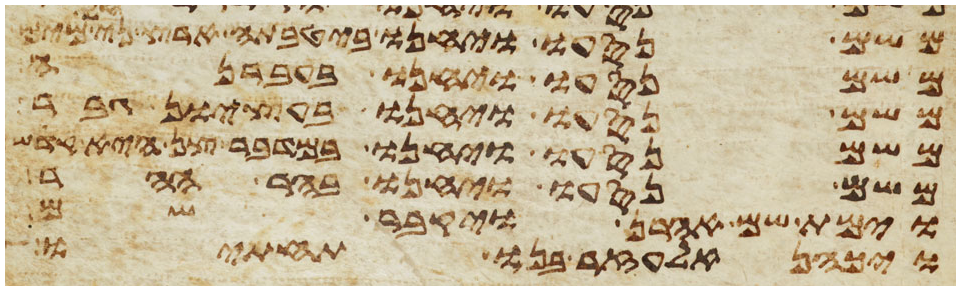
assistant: משם נסעו ויחנו ביטבתה ארץ נחלי מים
משם נסעו ויחנו בעברנה
משם נסעו ויחנו בעציון גבר
משם נסעו ויחנו במדבר צן היא קדש
משם נסעו ויחנו בהר ההר
וימת שם אהרן ויקבר שם
ויכהן אלעזר בנו תחתיו